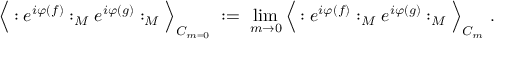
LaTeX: \Big \langle : e ^ { i \varphi ( f ) } : _ { M } e ^ { i \varphi ( g ) } : _ { M } \Big \rangle _ { C _ { m = 0 } } \; : = \; \operatorname * { l i m } _ { m \rightarrow 0 } \Big \langle : e ^ { i \varphi ( f ) } : _ { M } e ^ { i \varphi ( g ) } : _ { M } \Big \rangle _ { C _ { m } } \; .